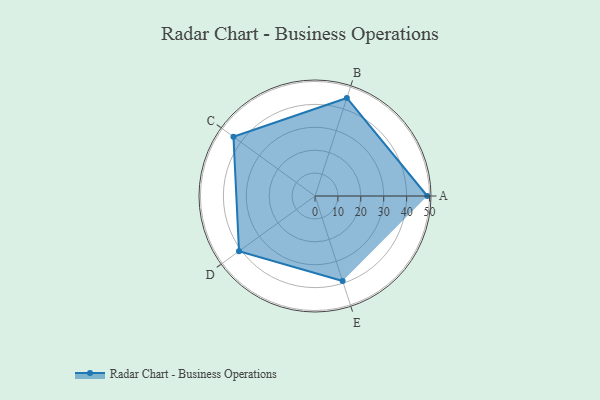
{"axis": {"x": "Skill", "y": "Score"}, "legend": ["Profile"], "data": [{"x": "A", "y": 49.0, "type": "Profile"}, {"x": "B", "y": 45.0, "type": "Profile"}, {"x": "C", "y": 44.0, "type": "Profile"}, {"x": "D", "y": 41.0, "type": "Profile"}, {"x": "E", "y": 39.0, "type": "Profile"}]}